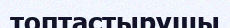
топтастырушы